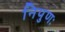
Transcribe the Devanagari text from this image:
निपुणः